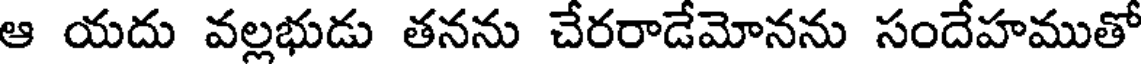
ఆ యదు వల్లభుడు తనను చేరరాడేమోనను సందేహముతో